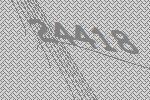
24418